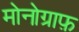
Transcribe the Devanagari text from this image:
मोनोग्राफ़